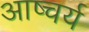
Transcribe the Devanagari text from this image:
आष्चर्य